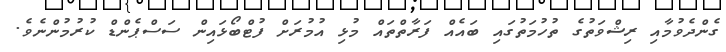
ގެންދެވުމާއި ރިޝްވަތުގެ ތުހުމަތުގައި ބައެއް ފަރާތްތައް މުޅި އުމުރަށް ފުޓްބޯޅައިން ސަސްޕެންޑް ކުރުމުންނެވެ.